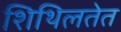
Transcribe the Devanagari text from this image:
शिथिलतेत